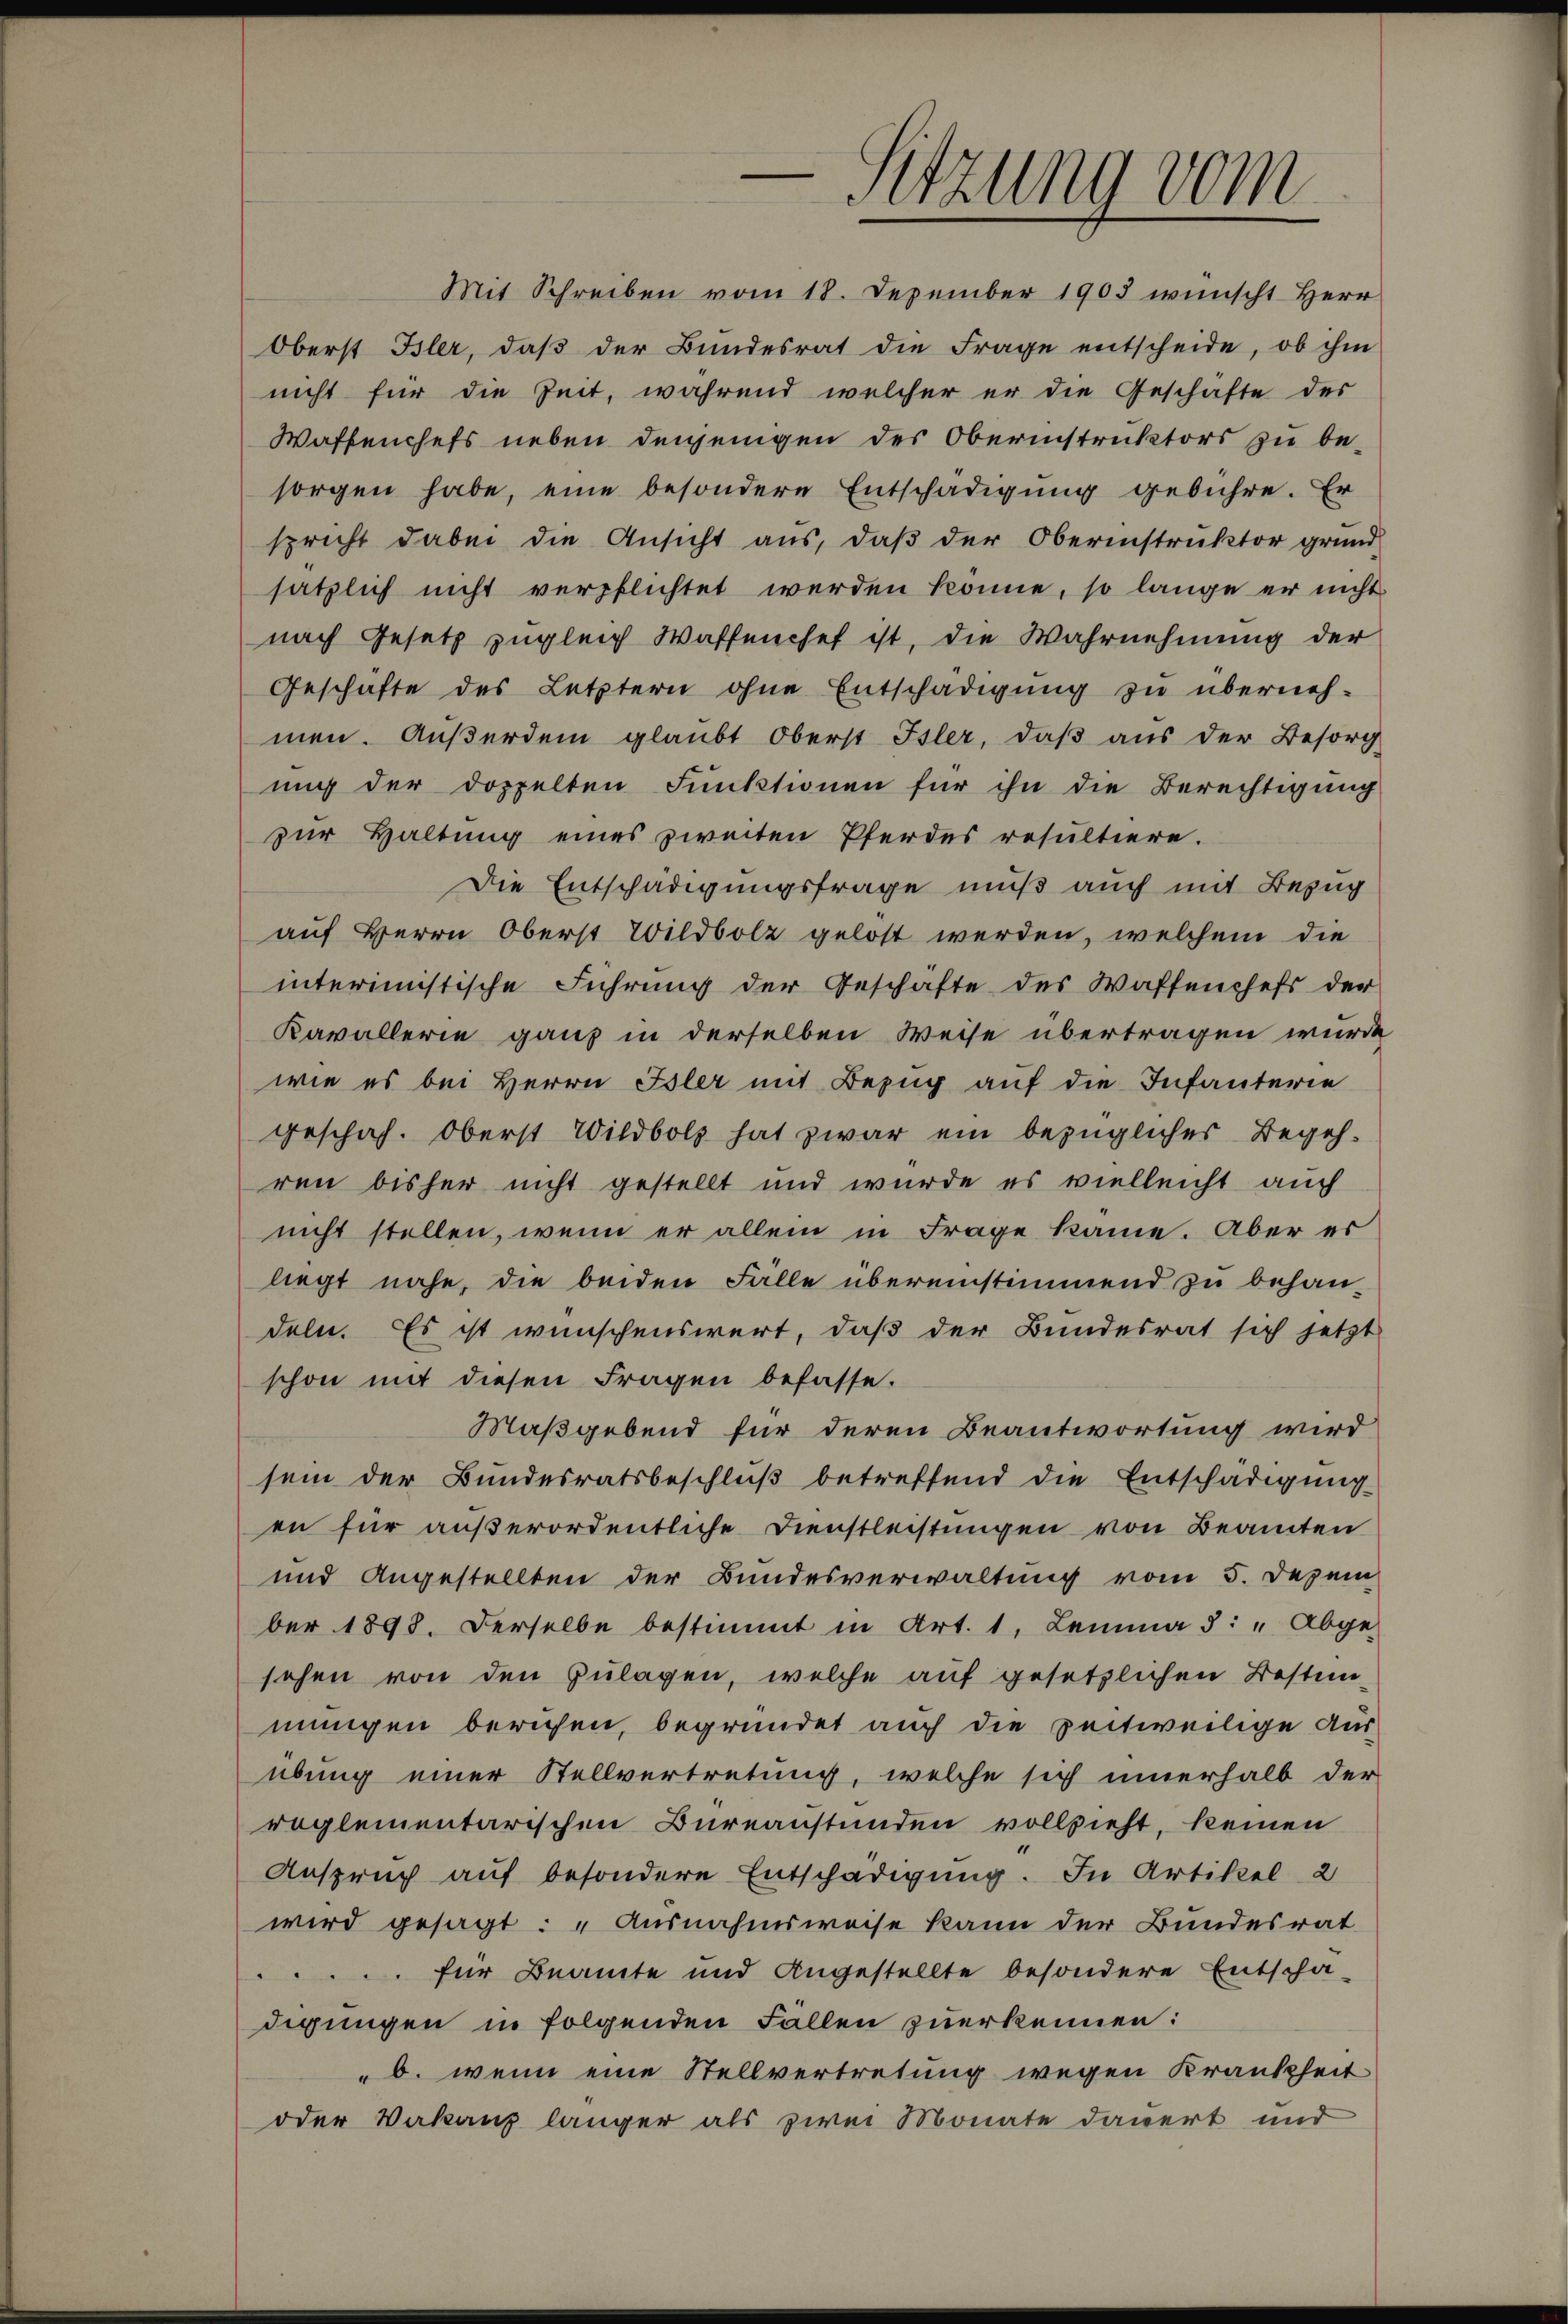
-Sitzung vom

nicht für die Zeit, während welcher er die Geschäfte der
Waffenchefs neben denjenigen des Oberinstruktors zu besorgen habe, eine besondere Entschädigung gebühre. Er
spricht dabei die Ansicht aus, daß der Oberinstruktor grund
sätzlich nicht verpflichtet werden könne, so lange er nicht
nach Gesetz zugleich Waffenchef ist, die Wahrnehmung der
Geschäfte des Letztern ohne Entschädigung zu überneh-
men. Außerdem glaubt Oberst Isler, daß aus der Besorg
ung der doppelten Funktionen für ihn die Berechtigung
zur Haltung eines zweiten Pferdes resultiere.
Die Entschädigungsfrage muß auch mit Bezug
auf Herrn Oberst Wildbolz gelöst werden, welchem die
interimistische Führung der Geschäfte des Waffenchefs der
Kavallerie ganz in derselben Weise übertragen wurde
wie es bei Herrn Isler mit Bezug auf die Infanterie
geschah. Oberst Wildbolz hat zwar ein bezüglicher Begehren bisher nicht gestellt und wurde es vielleicht auch
nicht stellen, wenn er allein in Frage käme. Aber es
liegt nahe, die beiden Fälle übereinstimmend zu behan-
deln. Es ist wünschenswert, daß der Bundesrat sich jetzt
schon mit diesen Fragen befasse.
Maßgebend für deren Beantwortung wird
sein der Bundesratsbeschluß betreffend die Entschädigung
en für außerordentliche Dienstleistungen von Beamten
und Angestellten der Bundesverwaltung vom 5. Dezem
ber 1898. Derselbe bestimmt in Art. 1, Lemma 5: " Abge-
sehen von den Zulagen, welche auf gesetzlichen Bestim-
mungen beruhen, begründet auch die zeitweilige Aus-
übung einer Stellvertretung, welche sich innerhalb der
reglementarischen Büreaustünden vollzieht, keinen
Anspruch auf besondere Entschädigung. In Artikel 2
wird gesagt: „Ausnahmsweise kann der Bundesrat
 für Beamte und Angestellte besondere Entschä-
digungen in folgenden Fallen zuerkennen:
b. wenn eine Stellvertretung wegen Krankheit
oder Vakanz länger als zwei Monate dauert und

Mit Schreiben vom 18. Dezember 1903 wünscht Herr
Oberst Isler, daβ der Bundesrat die Frage entscheide, ob ihm